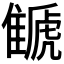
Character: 𩀗